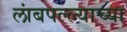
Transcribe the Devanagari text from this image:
लांबपल्ल्याच्या